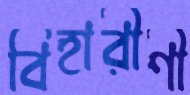
বিহারীণী